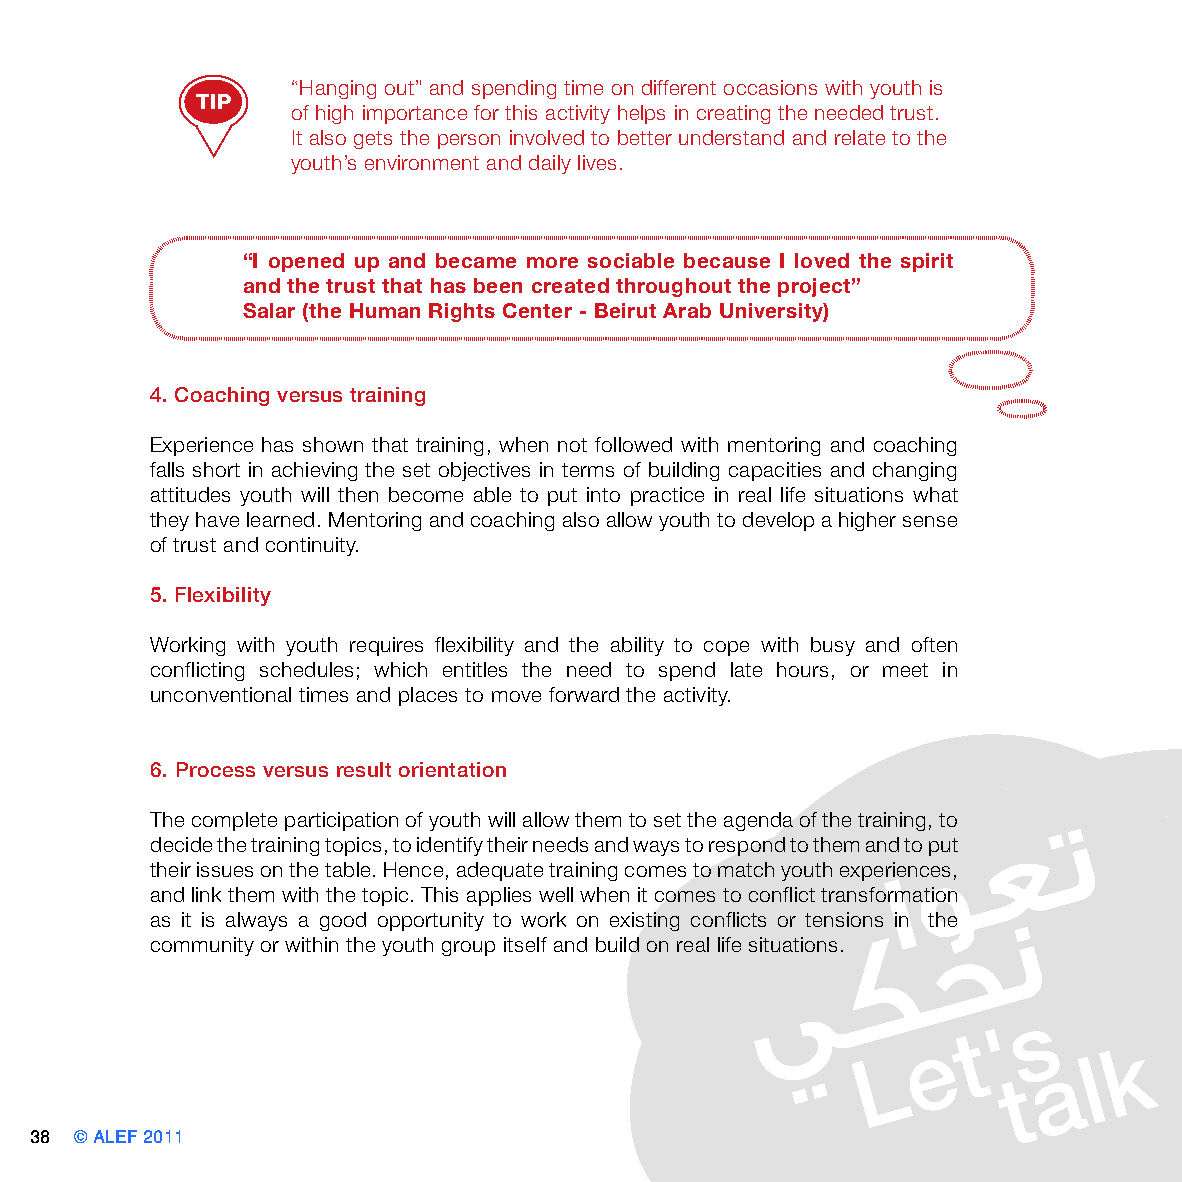
“Hanging out” and spending time on different occasions with youth is
 TIP
 of high importance for this activity helps in creating the needed trust.
 It also gets the person involved to better understand and relate to the
 youth’s environment and daily lives.
 “I opened up and became more sociable because I loved the spirit
 and the trust that has been created throughout the project”
 Salar (the Human Rights Center - Beirut Arab University)
 4. Coaching versus training
 Experience has shown that training, when not followed with mentoring and coaching
 falls short in achieving the set objectives in terms of building capacities and changing
 attitudes youth will then become able to put into practice in real life situations what
 they have learned. Mentoring and coaching also allow youth to develop a higher sense
 of trust and continuity.
 5. Flexibility
 Working with youth requires flexibility and the ability to cope with busy and often
 conflicting schedules; which entitles the need to spend late hours, or meet in
 unconventional times and places to move forward the activity.
 6. Process versus result orientation
 The complete participation of youth will allow them to set the agenda of the training, to
 decide the training topics, to identify their needs and ways to respond to them and to put
 their issues on the table. Hence, adequate training comes to match youth experiences,
 and link them with the topic. This applies well when it comes to conflict transformation
 as it is always a good opportunity to work on existing conflicts or tensions in the
 community or within the youth group itself and build on real life situations.
 38 © ALEF 2011